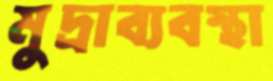
মুদ্রাব্যবস্থা